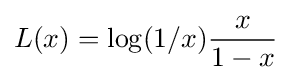
L(x)=\log(1/x){\frac {x}{1-x}}